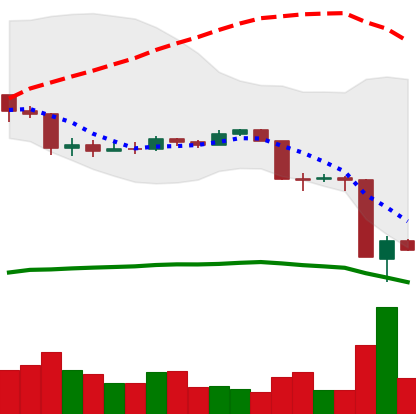
Ticker: EOS-USD
Chart end date: 2020-03-14
Forward return: 16.81%
Label: up_7plus